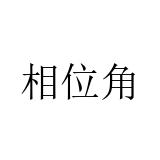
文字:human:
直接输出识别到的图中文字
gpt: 相位角